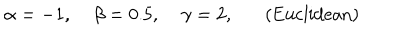
\alpha = - 1 , \; \beta = 0 . 5 , \; \gamma = 2 , ( \mathrm { E u c l i d e a n } )